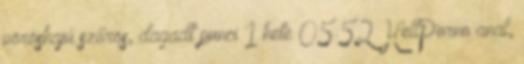
vöröshajú szőrös, dagadt punci 1 hete 05:52 HellPorno anal,